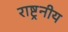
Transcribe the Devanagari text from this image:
राष्ट्रनीय